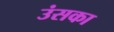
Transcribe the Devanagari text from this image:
उंसका